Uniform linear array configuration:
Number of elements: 64
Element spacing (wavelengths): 0.25
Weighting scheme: kaiser
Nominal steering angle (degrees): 60
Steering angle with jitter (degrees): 60.351
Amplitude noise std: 0.05
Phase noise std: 0.05

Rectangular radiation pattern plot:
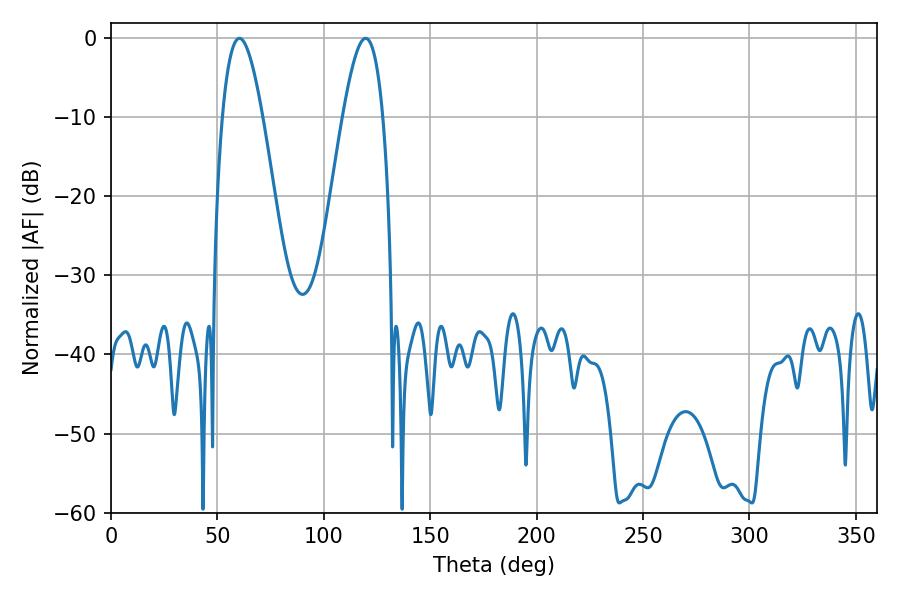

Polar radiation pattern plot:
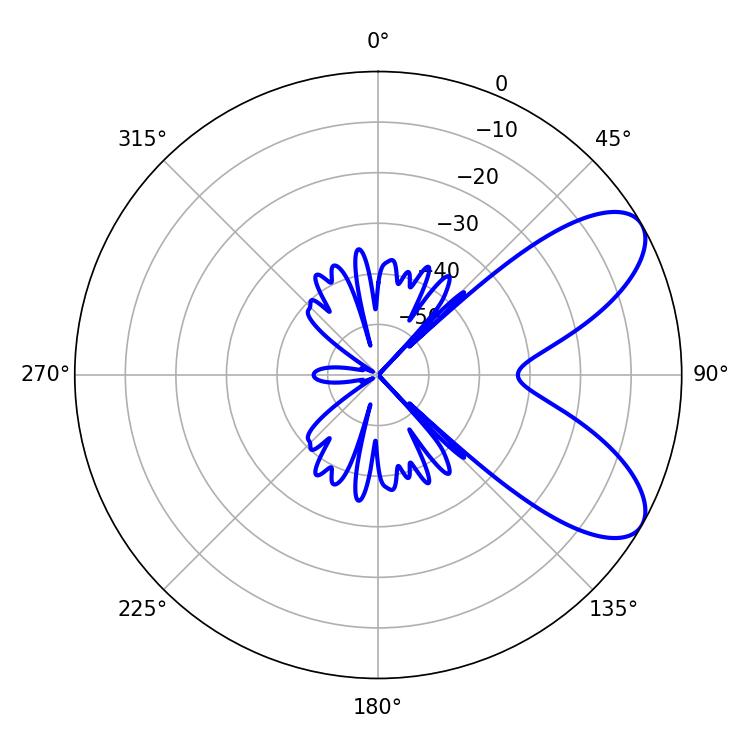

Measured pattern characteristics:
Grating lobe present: FALSE
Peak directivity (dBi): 7.697
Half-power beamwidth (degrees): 10.26
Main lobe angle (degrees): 60.3